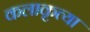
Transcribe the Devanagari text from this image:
कलाकृत्या